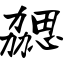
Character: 勰